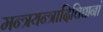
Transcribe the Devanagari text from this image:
मन्त्रयन्त्रादिविद्यानां